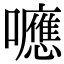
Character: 𡄖